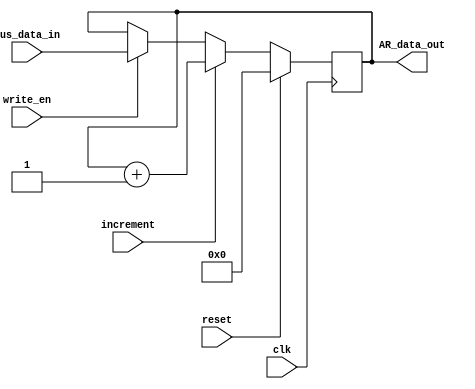
module PC 
#(parameter reg_width = 12 , parameter current_PC_value = 12'b000000000000) // current_PC_value needed to be hard coded
(
    input wire write_en, increment,// PC_Inc = increment
    input wire clk, reset,
    input wire [(reg_width-1):0] bus_data_in, // data from bus
    output reg [(reg_width-1):0] AR_data_out // data out to AR
);

reg [reg_width-1:0] trash;


always @(posedge clk)
begin
    if(reset)
        AR_data_out = current_PC_value;
    else if(increment)
        AR_data_out = AR_data_out + +12'b000000000001;
    else if(write_en)
        AR_data_out = bus_data_in;
    //else
        // //AR_data_out = trash;

end

endmodule //PC